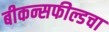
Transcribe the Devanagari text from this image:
बीकन्सफील्डचा